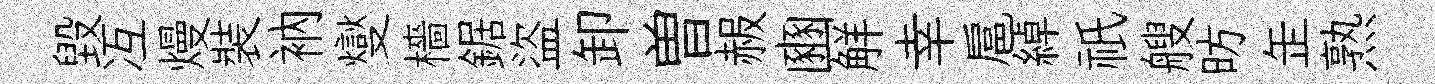
毀冱熳裝衲燮檣鋸盜卸曽赧豳觧幸扈綽祇艘昉𦈢熟